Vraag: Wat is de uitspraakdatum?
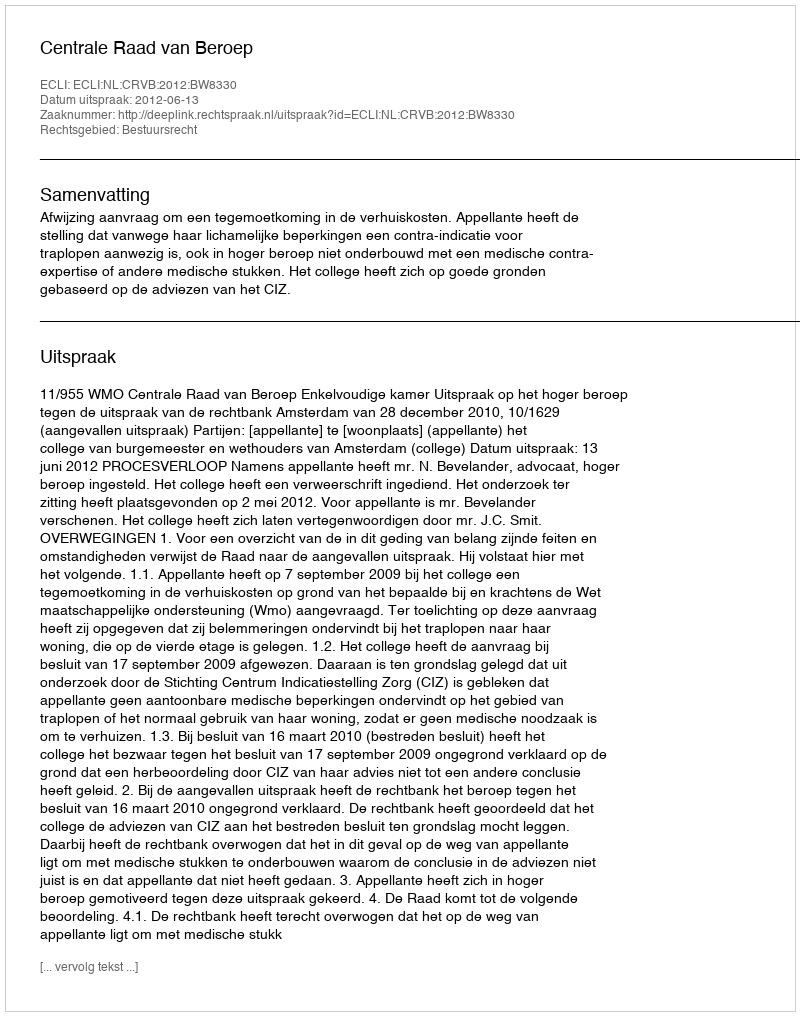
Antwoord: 2012-06-13